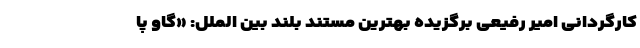
کارگردانی امیر رفیعی برگزیده بهترین مستند بلند بین الملل: «گاو پا